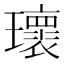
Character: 瓌